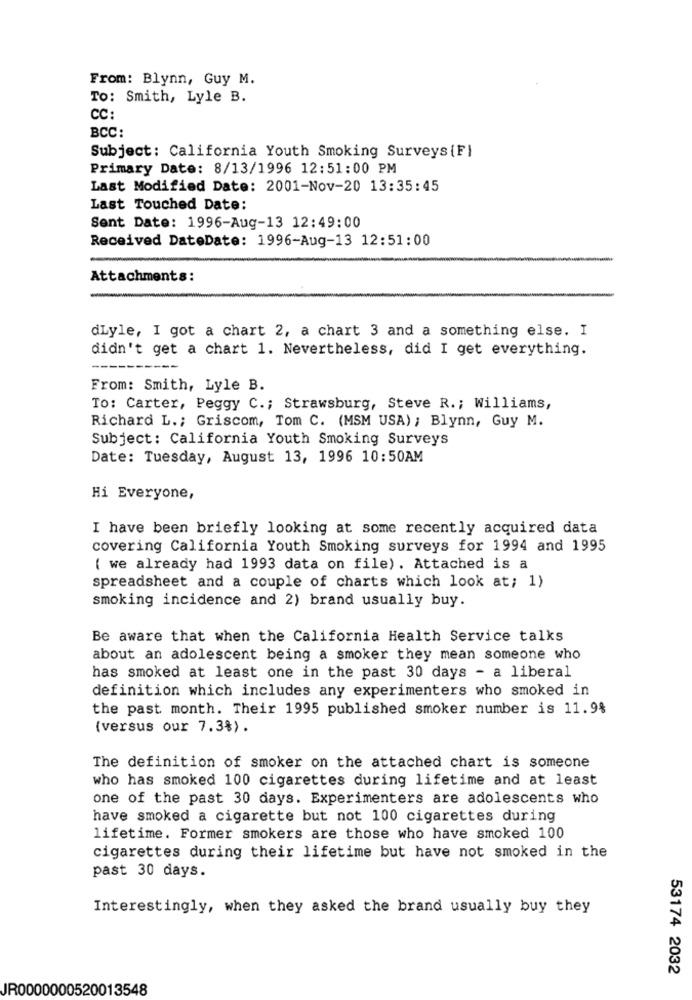
From: Blynn, Guy M.
To: Smith, Lyle B.
CC:
BCC:
Subject: California Youth Smoking Surveys {F}
Primary Date: 8/13/1996 12:51:00 PM
Last Modified Date: 2001-Nov-20 13:35:45
Last Touched Date:
Sent Date: 1996-Aug-13 12:49:00
Received DateDate: 1996-Aug-13 12:51:00
Attachments:
dLyle, I got a chart 2, a chart 3 and a something else. I
didn't get a chart 1. Nevertheless, did I get everything.
---
From: Smith, Lyle B.
To: Carter, Peggy C .; Strawsburg, Steve R .; Williams,
Richard L .; Griscom, Tom C. (MSM USA) ; Blynn, Guy M.
Subject: California Youth Smoking Surveys
Date: Tuesday, August 13, 1996 10:50AM
Hi Everyone,
I have been briefly looking at some recently acquired data
covering California Youth Smoking surveys for 1994 and 1995
( we already had 1993 data on file). Attached is a
spreadsheet and a couple of charts which look at; 1)
smoking incidence and 2) brand usually buy.
Be aware that when the California Health Service talks
about an adolescent being a smoker they mean someone who
has smoked at least one in the past 30 days - a liberal
definition which includes any experimenters who smoked in
the past month. Their 1995 published smoker number is 11.9%
(versus our 7.3%).
The definition of smoker on the attached chart is someone
who has smoked 100 cigarettes during lifetime and at least
one of the past 30 days. Experimenters are adolescents who
have smoked a cigarette but not 100 cigarettes during
lifetime. Former smokers are those who have smoked 100
cigarettes during their lifetime but have not smoked in the
past 30 days.
Interestingly, when they asked the brand usually buy they
53174 2032
JR0000000520013548